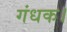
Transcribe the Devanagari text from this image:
गंधक।